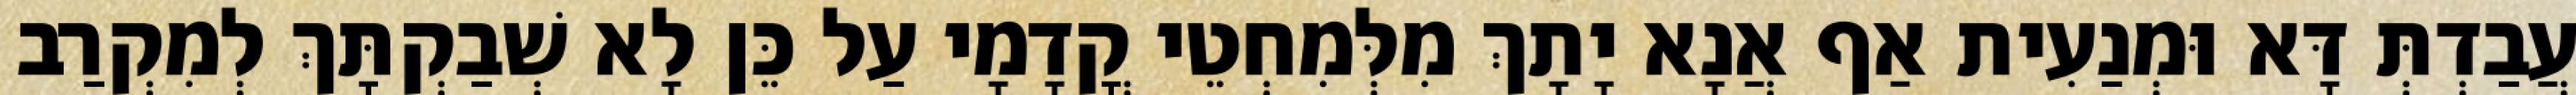
עֲבַדְתְּ דָּא וּמְנַעִית אַף אֲנָא יָתָךְ מִלְּמִחְטֵי קֳדָמָי עַל כֵּן לָא שְׁבַקְתָּךְ לְמִקְרַב